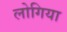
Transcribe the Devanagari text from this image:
लोगिया